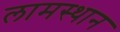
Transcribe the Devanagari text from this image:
लामस्थान